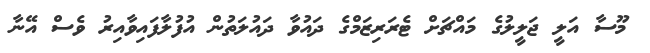
މޫސާ އަލީ ޖަލީލުގެ މައްޗަށް ޓެރަރިޒަމްގެ ދައުވާ ދައުލަތުން އުފުލާފައިވާއިރު ވެސް އޭނާ